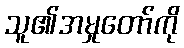
သူ၏အမှုတော်ကို